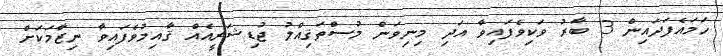
ހަމައެފަދައިން 3 ބާރު ވަކިވެފައިވާ އަދި މިނިވަން މުސްތަޤިއްލު ޖުޑިޝަރީއެއް ޤާއިމުވެފައިވާ ނިޒާމަކަށް